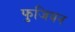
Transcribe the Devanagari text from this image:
फुजियन